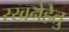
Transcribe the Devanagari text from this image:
रखनेहेतु